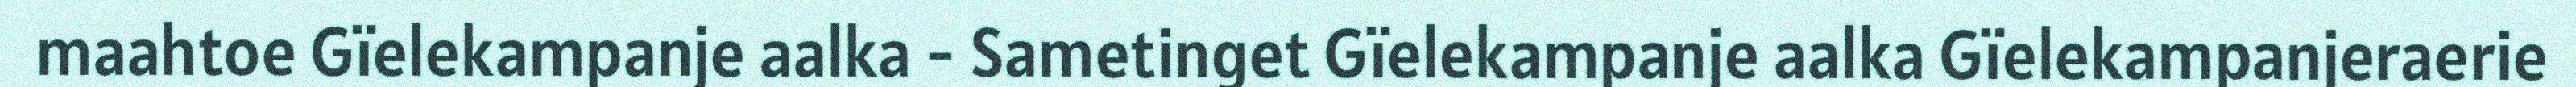
maahtoe Gïelekampanje aalka - Sametinget Gïelekampanje aalka Gïelekampanjeraerie